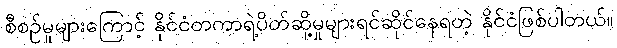
စီစဉ်မှုများကြောင့် နိုင်ငံတကာရဲ့ပိတ်ဆို့မှုများရင်ဆိုင်နေရတဲ့ နိုင်ငံဖြစ်ပါတယ်။